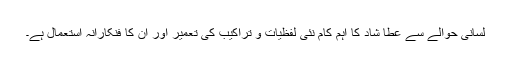
لسانی حوالے سے عطا شاد کا اہم کام نئی لفظیات و تراکیب کی تعمیر اور ان کا فنکارانہ استعمال ہے۔